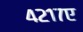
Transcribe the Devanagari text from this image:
४२१७ए